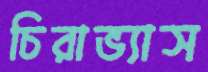
চিরাভ্যাস